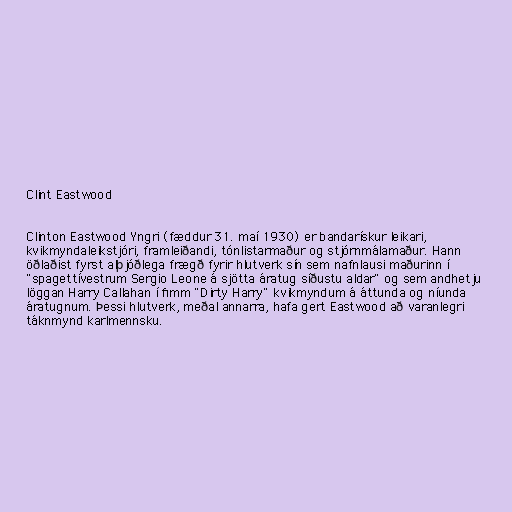
Clint Eastwood

Clinton Eastwood Yngri (fæddur 31. maí 1930) er bandarískur leikari,
kvikmyndaleikstjóri, framleiðandi, tónlistarmaður og stjórnmálamaður. Hann
öðlaðist fyrst alþjóðlega frægð fyrir hlutverk sín sem nafnlausi maðurinn í
"spagettívestrum Sergio Leone á sjötta áratug síðustu aldar" og sem andhetju
löggan Harry Callahan í fimm "Dirty Harry" kvikmyndum á áttunda og níunda
áratugnum. Þessi hlutverk, meðal annarra, hafa gert Eastwood að varanlegri
táknmynd karlmennsku.